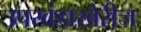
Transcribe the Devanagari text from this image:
उपखंडाखेरीज